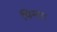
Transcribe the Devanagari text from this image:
चिन्ता।